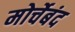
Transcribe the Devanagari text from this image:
मोर्चेबंद